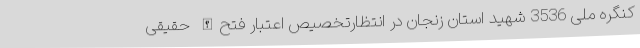
کنگره ملی 3536 شهید استان زنجان در انتظارتخصیص اعتبار فتح‌الله حقیقی